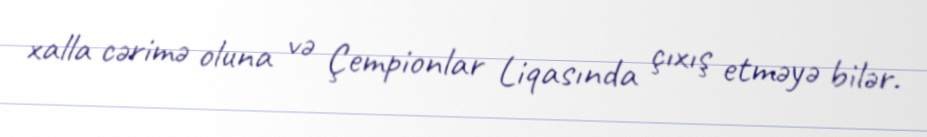
xalla cərimə oluna və Çempionlar Liqasında çıxış etməyə bilər.